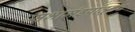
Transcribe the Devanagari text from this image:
सभामंडपातूनच